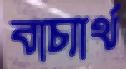
বাচ্যার্থ